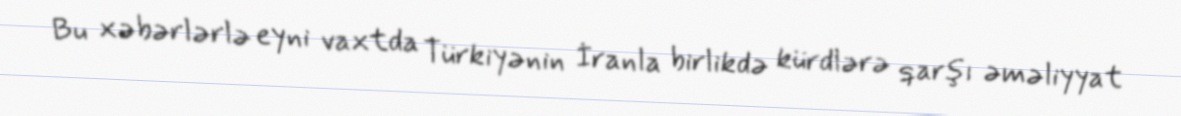
Bu xəbərlərlə eyni vaxtda Türkiyənin İranla birlikdə kürdlərə qarşı əməliyyat